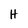
Character: H